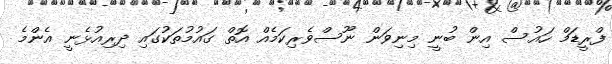
ފްރީޑަމް ހައުސް އިން ބުނީ މިނިވަން ނޫސްވެރިކަމެއް އޮތް ގައުމުތަކުގައި ދިރިއުޅެނީ އެންމެ